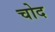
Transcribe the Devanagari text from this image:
चोद